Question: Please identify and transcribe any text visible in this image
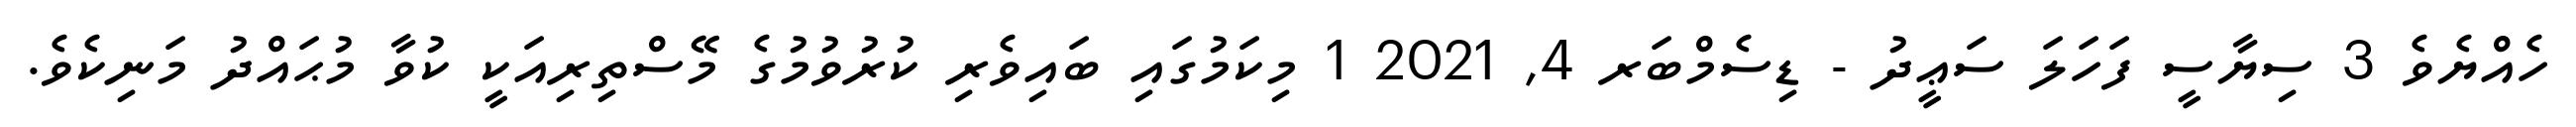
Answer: ހެއްޔެވެ 3 ސިޔާސީ ފަހަލަ ސަޢީދު - ޑިސެމްބަރ 4, 2021 1 މިކަމުގައި ބައިވެރި ކުރުވުމުގެ މޭސްތިރިއަކީ ކުވާ މުޙައްދު މަނިކެވެ.